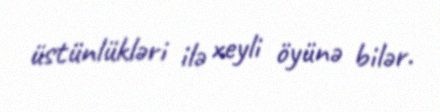
üstünlükləri ilə xeyli öyünə bilər.